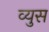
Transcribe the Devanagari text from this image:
व्युस